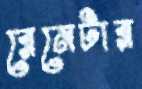
রেনেটার